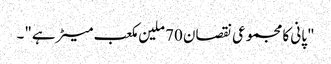
"پانی کا مجموعی نقصان 70 ملین مکعب میٹر ہے"۔